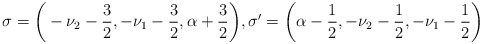
\begin{align*}\sigma=\bigg(-\nu_2-\frac{3}{2}, -\nu_1-\frac{3}{2}, \alpha+\frac{3}{2}\bigg),\sigma'=\bigg(\alpha-\frac{1}{2}, -\nu_2-\frac{1}{2}, -\nu_1-\frac{1}{2}\bigg)\end{align*}